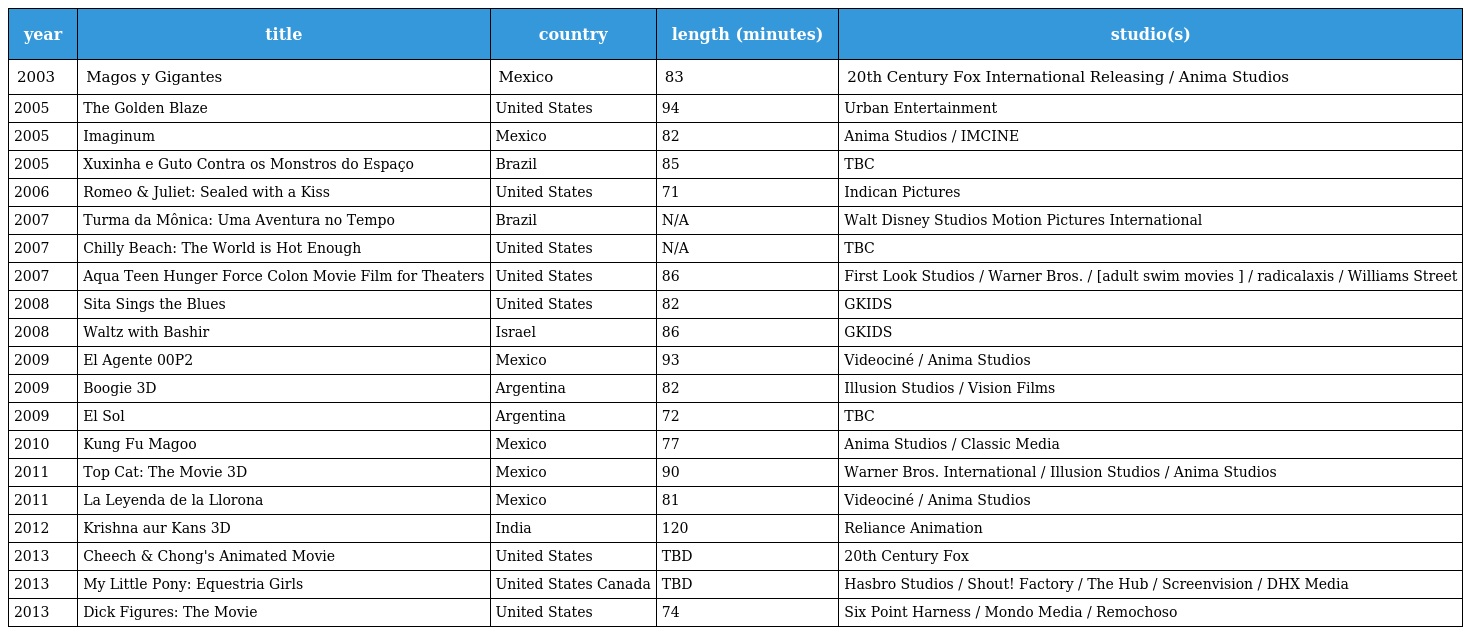
| year | title | country | length (minutes) | studio(s) |
 | --- | --- | --- | --- | --- |
 | 2003 | Magos y Gigantes | Mexico | 83 | 20th Century Fox International Releasing / Anima Studios |
 | 2005 | The Golden Blaze | United States | 94 | Urban Entertainment |
 | 2005 | Imaginum | Mexico | 82 | Anima Studios / IMCINE |
 | 2005 | Xuxinha e Guto Contra os Monstros do Espaço | Brazil | 85 | TBC |
 | 2006 | Romeo & Juliet: Sealed with a Kiss | United States | 71 | Indican Pictures |
 | 2007 | Turma da Mônica: Uma Aventura no Tempo | Brazil | N/A | Walt Disney Studios Motion Pictures International |
 | 2007 | Chilly Beach: The World is Hot Enough | United States | N/A | TBC |
 | 2007 | Aqua Teen Hunger Force Colon Movie Film for Theaters | United States | 86 | First Look Studios / Warner Bros. / [adult swim movies ] / radicalaxis / Williams Street |
 | 2008 | Sita Sings the Blues | United States | 82 | GKIDS |
 | 2008 | Waltz with Bashir | Israel | 86 | GKIDS |
 | 2009 | El Agente 00P2 | Mexico | 93 | Videociné / Anima Studios |
 | 2009 | Boogie 3D | Argentina | 82 | Illusion Studios / Vision Films |
 | 2009 | El Sol | Argentina | 72 | TBC |
 | 2010 | Kung Fu Magoo | Mexico | 77 | Anima Studios / Classic Media |
 | 2011 | Top Cat: The Movie 3D | Mexico | 90 | Warner Bros. International / Illusion Studios / Anima Studios |
 | 2011 | La Leyenda de la Llorona | Mexico | 81 | Videociné / Anima Studios |
 | 2012 | Krishna aur Kans 3D | India | 120 | Reliance Animation |
 | 2013 | Cheech & Chong's Animated Movie | United States | TBD | 20th Century Fox |
 | 2013 | My Little Pony: Equestria Girls | United States Canada | TBD | Hasbro Studios / Shout! Factory / The Hub / Screenvision / DHX Media |
 | 2013 | Dick Figures: The Movie | United States | 74 | Six Point Harness / Mondo Media / Remochoso |